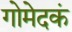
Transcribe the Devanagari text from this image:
गोमेदकं